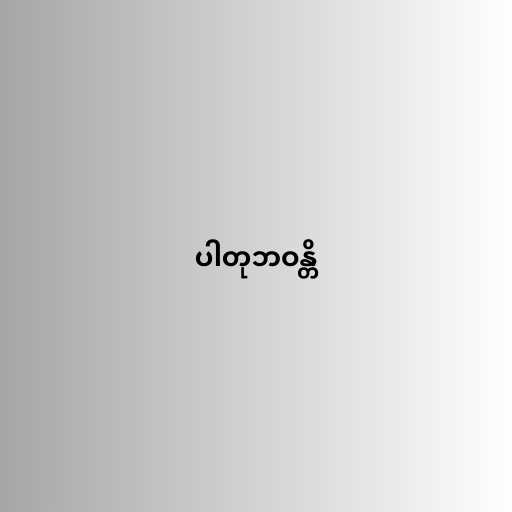
ပါတုဘဝန္တိ